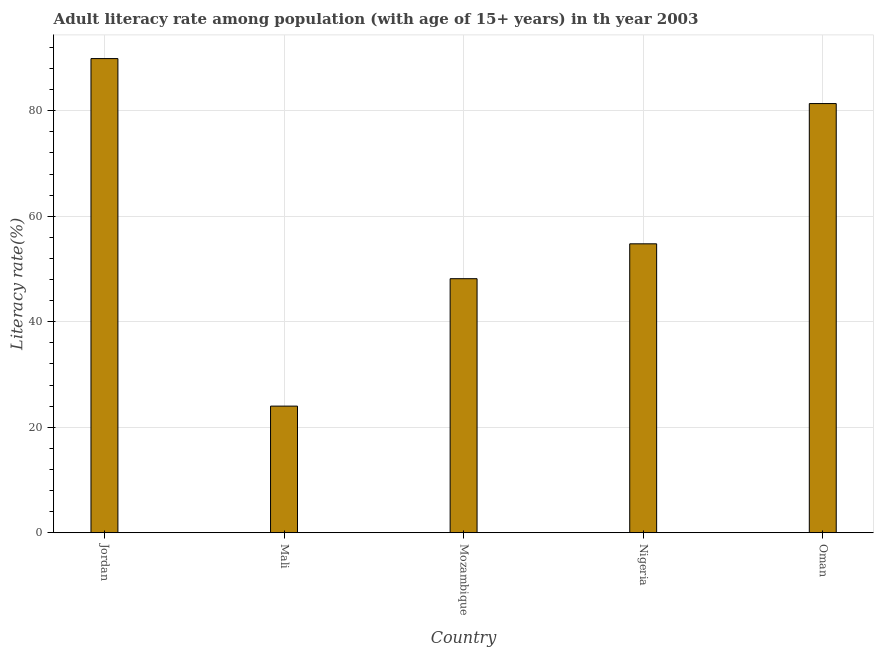
| Country | Adult literacy rate |
 | --- | --- |
 | Jordan | 89.9 |
 | Mali | 24 |
 | Mozambique | 48.2 |
 | Nigeria | 54.8 |
 | Oman | 81.4 |